Leaving Certificate Examination, 1906
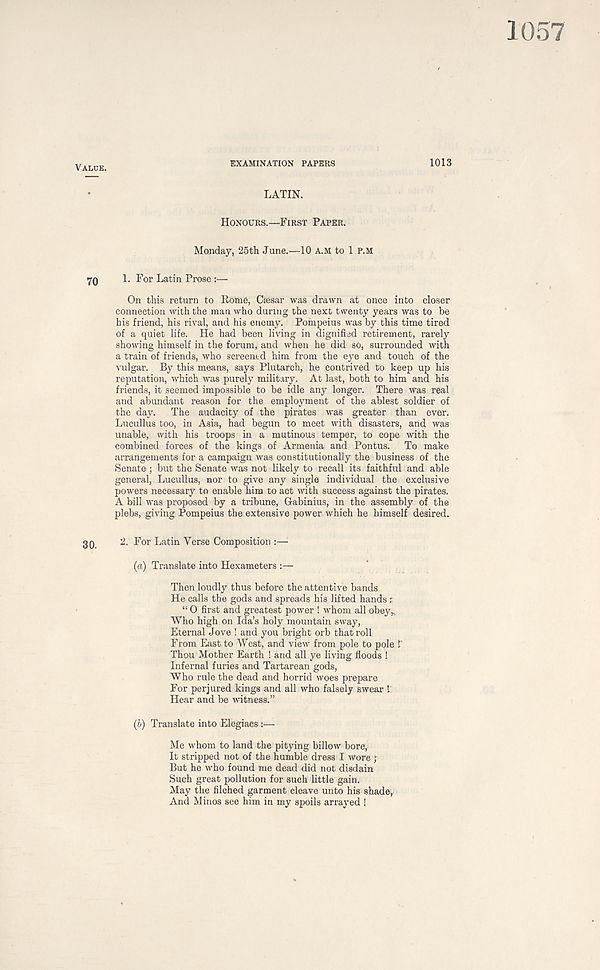
EXAMINATION PAPERS
1013
LATIN.
HONOURS.—FIRST PAPER.
Monday, 25th June.—10 A.M to 1 P.M
1. For Latin Prose :—
On this return to Rome, Caesar was drawn at once into closer
connection with the man who during the next twenty years was to be
his friend, his rival, and his enemy. Pompeius was by this time tired
of a quiet life. He had been living in dignified retirement, rarely
showing himself in the forum, and when he did so, surrounded with
a train of friends, who scxeentd him from the eye and touch of the
vulgar. By this means, says Plutarch, he contrived to keep up his
reputation, which was purely military. At last, both to him and his
friends, it seemed impossible to be idle any longer. There was real
and abundant reason for the employment of the ablest soldier of
the day.
The audacity of the pirates was greater than ever.
Lucullus too, in Asia, had begun to meet with disasters, and was
unable, with his troops in a mutinous temper, to cope with the
combined forces of the kings of Armenia and Pontus.
To make
arrangements for a campaign was constitutionally the business of the
Senate ; but the Senate was not likely to recall its faithful and able
general, Lucullus, nor to give any single individual the exclusive
powers necessary to enable him to act with success against the pirates.
A bill was proposed by a tribune, Gabinius, in the assembly of the
plebs, giving Pompeius the extensive power which he himself desired.
2. For Latin Verse Composition :—
(a) Translate into Hexameters :—
Then loudly thus before the attentive bands
He calls the gods and spreads his lifted hands r
“ O first and greatest power ! whom all obey*
Who high on Ida’s holy mountain sway,
Eternal Jove ! and you bright orb that roll
From East to West, and view from pole to pole !'
Thou Mother Earth ! and all ye living floods !
Infernal furies and Tartarean gods,
Who rule the dead and horrid woes prepare
For perjured kings and all who falsely swear !
Hear and be witness.”
(b) Translate into Elegiacs :—
Me whom to land the pitying billow bore,
It stripped not of the humble dress I wore ;
But he who found me dead did not disdain
Such great pollution for such little gain.
May the filched garment cleave unto his shade.
And Minos see him in my spoils arrayed !